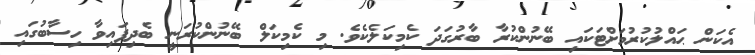
އެކަން ޙައްލުކުރުމަށްޓަކައި ބޭނުންކުރާ ބާރުގަދަ ކެމިކަލެކެވެ. މި ކެމިކަލް ބޭނުންކުރަނީ ބެދިފައިވާ ހިސާބުގައި